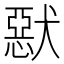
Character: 𤡾